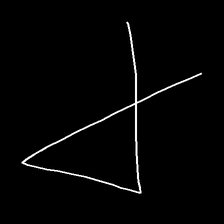
Glyph: collection